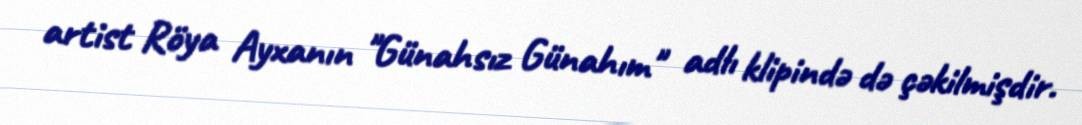
artist Röya Ayxanın "Günahsız Günahım" adlı klipində də çəkilmişdir.